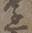
丞